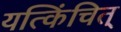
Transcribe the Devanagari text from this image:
यत्किंचित्‌